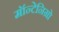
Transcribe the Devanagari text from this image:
मॉन्टेनिग्रो